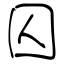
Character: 囚